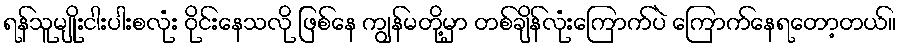
ရန်သူမျိုးငါးပါးစလုံး ဝိုင်းနေသလို ဖြစ်နေ ကျွန်မတို့မှာ တစ်ချိန်လုံးကြောက်ပဲ ကြောက်နေရတော့တယ်။